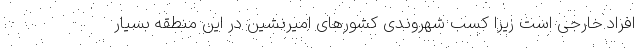
افراد خارجی است زیرا کسب شهروندی کشورهای امیرنشین در این منطقه بسیار